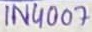
Text: 1N4007